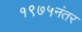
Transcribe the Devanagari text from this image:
१९७५नंतर